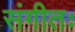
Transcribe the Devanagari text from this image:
संगीतः